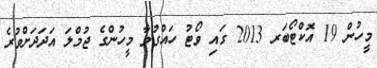
މީހުން 19 އޮކްޓޯބަރ 2013 ގައި ވޯޓު ހައްގުވާ މީހުންގެ ޖުމްލަ އަދަދަށްވުރެ